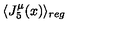
\langle J _ { 5 } ^ { \mu } ( x ) \rangle _ { r e g }